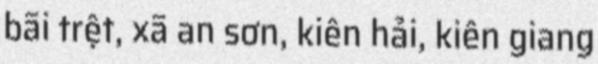
bãi trệt, xã an sơn, kiên hải, kiên giang